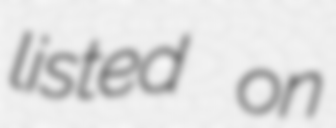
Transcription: listed on